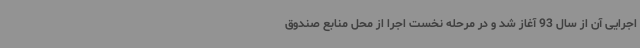
اجرایی آن از سال 93 آغاز شد و در مرحله نخست اجرا از محل منابع صندوق